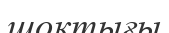
шоқтығы